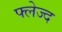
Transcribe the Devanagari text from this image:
फ्लेज्द